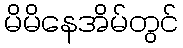
မိမိနေအိမ်တွင်